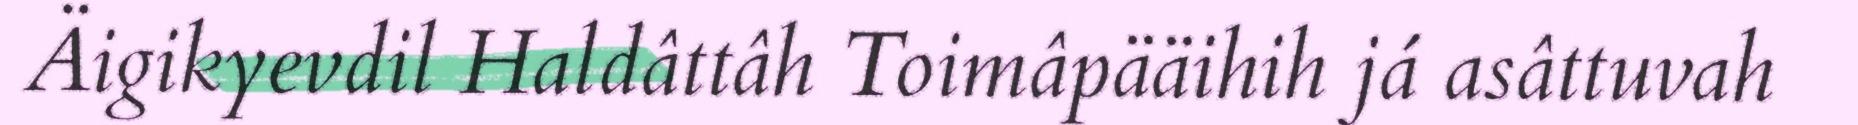
Äigikyevdil Haldâttâh Toimâpääihih já asâttuvah